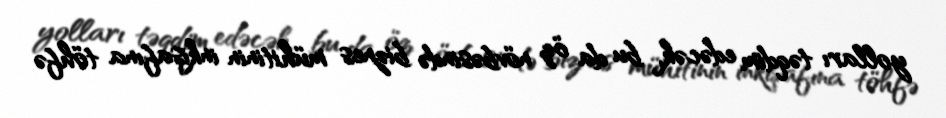
yolları təqdim edəcək, bu da öz növbəsində biznes mühitinin inkişafına töhfə